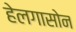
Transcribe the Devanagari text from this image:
हेलगासोन